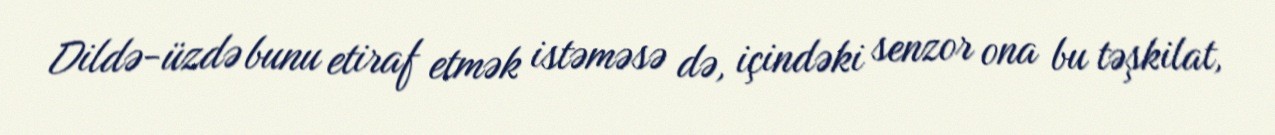
Dildə-üzdə bunu etiraf etmək istəməsə də, içindəki senzor ona bu təşkilat,